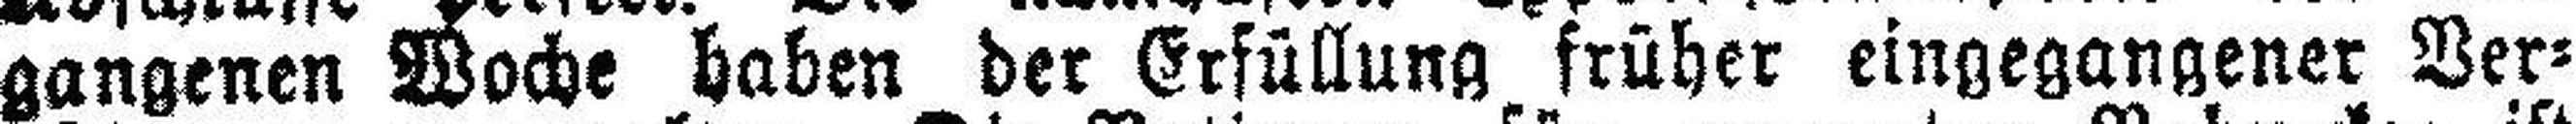
gangenen Woche haben der Erfüllung früher eingegangener Ver¬